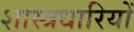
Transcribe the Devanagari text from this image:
शास्त्रधारियों